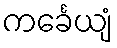
ကင်္ခေယျံ